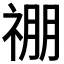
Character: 𬓃